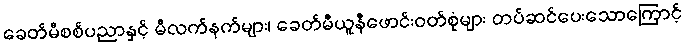
ခေတ်မီစစ်ပညာနှင့် မီလက်နက်များ၊ ခေတ်မီယူနီဖောင်းဝတ်စုံများ တပ်ဆင်ပေးသောကြောင့်